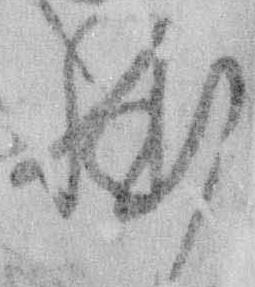
躰